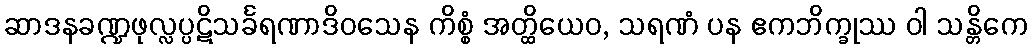
ဆာဒနခဏ္ဍဖုလ္လပ္ပဋိသင်္ခရဏာဒိဝသေန ကိစ္စံ အတ္ထိယေဝ, သရဏံ ပန ဧကဘိက္ခုဿ ဝါ သန္တိကေ